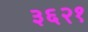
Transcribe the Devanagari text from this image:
३६२१